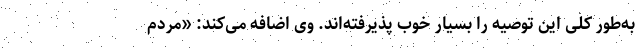
به‌طور کلی این توصیه را بسیار خوب پذیرفته‌اند. وی اضافه می‌کند: «مردم